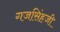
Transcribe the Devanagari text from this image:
गजसिंहजी